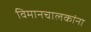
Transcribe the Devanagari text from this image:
विमानचालकांना